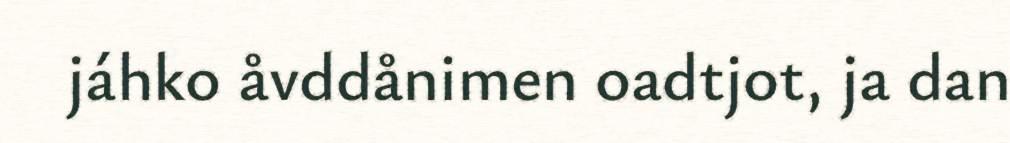
jáhko åvddånimen oadtjot, ja dan